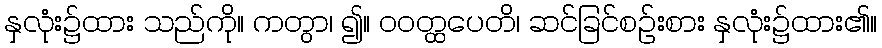
နှလုံး၌ထား သည်ကို။ ကတွာ၊ ၍။ ဝဝတ္ထပေတိ၊ ဆင်ခြင်စဉ်းစား နှလုံး၌ထား၏။